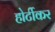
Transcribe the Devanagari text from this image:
होर्टीकर